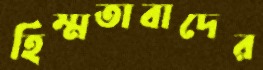
হিম্মতাবাদের